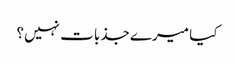
کیا میرے جذبات نہیں؟